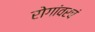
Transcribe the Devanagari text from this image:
रोगांवरचं